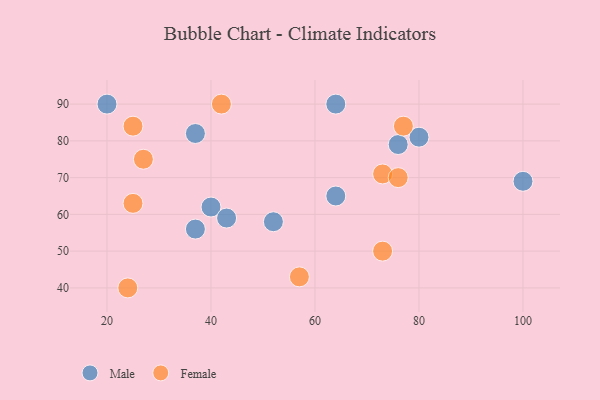
{"axis": {"x": "GDP", "y": "Life Expectancy"}, "legend": ["Female", "Male"], "data": [{"x": "37", "y": 56, "type": "Male"}, {"x": "20", "y": 90, "type": "Male"}, {"x": "40", "y": 62, "type": "Male"}, {"x": "64", "y": 65, "type": "Male"}, {"x": "43", "y": 59, "type": "Male"}, {"x": "37", "y": 82, "type": "Male"}, {"x": "80", "y": 81, "type": "Male"}, {"x": "76", "y": 79, "type": "Male"}, {"x": "64", "y": 90, "type": "Male"}, {"x": "100", "y": 69, "type": "Male"}, {"x": "52", "y": 58, "type": "Male"}, {"x": "73", "y": 50, "type": "Female"}, {"x": "73", "y": 71, "type": "Female"}, {"x": "57", "y": 43, "type": "Female"}, {"x": "77", "y": 84, "type": "Female"}, {"x": "42", "y": 90, "type": "Female"}, {"x": "27", "y": 75, "type": "Female"}, {"x": "24", "y": 40, "type": "Female"}, {"x": "25", "y": 63, "type": "Female"}, {"x": "25", "y": 84, "type": "Female"}, {"x": "76", "y": 70, "type": "Female"}]}